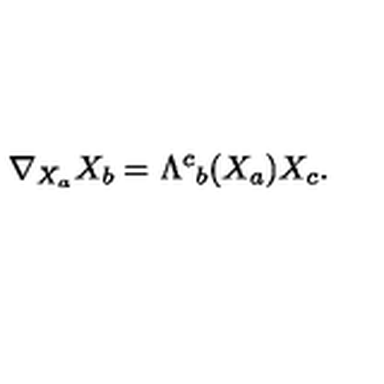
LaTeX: \nabla _ { { X _ { a } } } X _ { b } = \Lambda ^ { c } { } _ { b } ( X _ { a } ) X _ { c } .